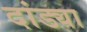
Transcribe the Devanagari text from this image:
दांड्या